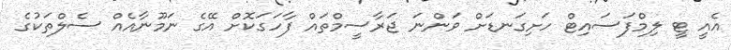
އެއީ ޓީ ލިމްފަސައިޓް ހަށިގަނޑަށް ވަންނަ ޖަރާސީމްތައް ފާހަގަކޮށް އޭގެ ނަމޫނާއެއް ސެލްތަކުގެ